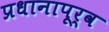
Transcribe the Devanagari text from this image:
प्रधानापूर्व